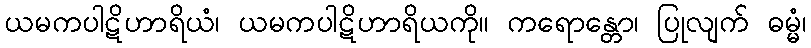
ယမကပါဋိဟာရိယံ၊ ယမကပါဋိဟာရိယကို။ ကရောန္တော၊ ပြုလျက် ဓမ္မံ၊